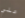
علي